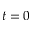
t = 0